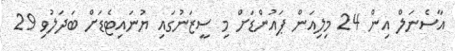
އާސެނަލް އިން 24 މިލިއަން ޕައުންޑަށް މި ސީޒަނުގައި ޔުނައިޓެޑަށް ބަދަލުވި 29